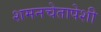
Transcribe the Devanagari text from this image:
शमनचेतापेशी